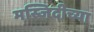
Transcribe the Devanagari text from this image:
मस्जिदीच्या